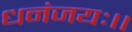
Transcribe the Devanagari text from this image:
धनंजयः।।